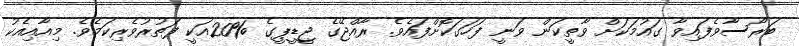
ބަރޯސާވެފައިވާ ގައުމަކަށް ވާތީކަން ވަނީ ފަހަގަކޮށްފައެވެ. ރާއްޖޭގެ ޖީޑީޕީގެ %20އަކީ ފަތުރުވެރިކަމެވެ. މިއާއިއެކު